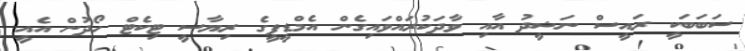
ސަބަބަކީ ރައީސް ނަޝީދު އާއި ވާދަކުރައްވައިގެން އެމްޑީޕީގެ ރިޔާސީ ޓިކެޓް ހޯދުން އެއީ